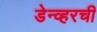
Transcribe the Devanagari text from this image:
डेन्व्हरची